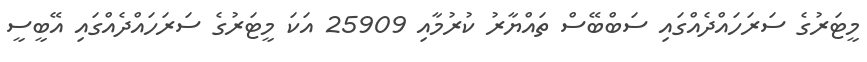
މީޓަރުގެ ސަރަހައްދެއްގައި ސަބްބޭސް ތައްޔާރު ކުރުމާއި 25909 އަކަ މީޓަރުގެ ސަރަހައްދެއްގައި އޭބީސީ